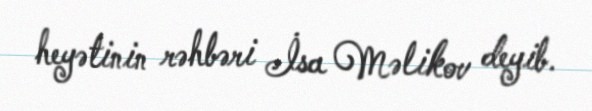
heyətinin rəhbəri İsa Məlikov deyib.